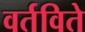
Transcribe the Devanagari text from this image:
वर्तविते